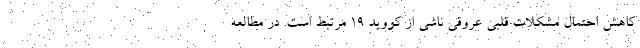
کاهش احتمال مشکلات قلبی عروقی ناشی از کووید ۱۹ مرتبط است. در مطالعه